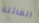
الفائتة